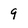
Character: 9